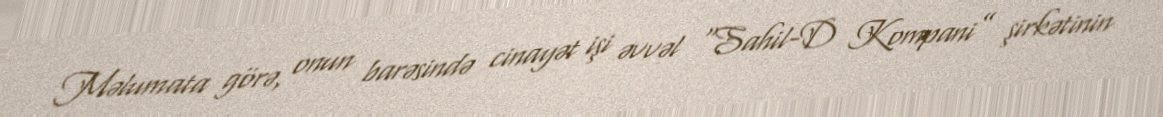
Məlumata görə, onun barəsində cinayət işi əvvəl “Sahil-D Kompani” şirkətinin